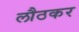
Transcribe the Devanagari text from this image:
लौठकर